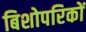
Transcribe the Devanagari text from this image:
बिशोपरिकों